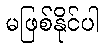
မဖြစ်နိုင်ပါ